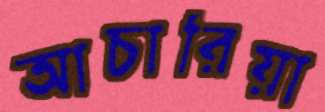
আচারিয়া